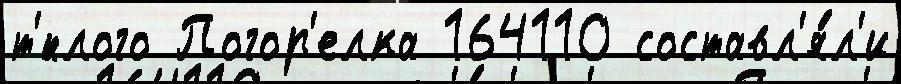
т'́плого Погор'елка 164110 составл'я́л'и